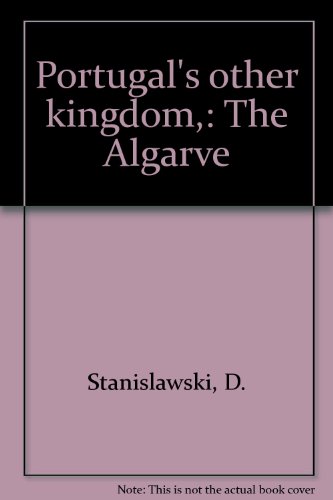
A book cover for Portugal's other kingdom,: The Algarve; Dan Stanislawski; Travel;